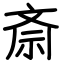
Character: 斎